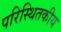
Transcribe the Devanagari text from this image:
परिस्थितकीय